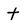
Character: t